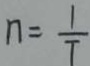
n = \frac { 1 } { T }